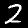
Label: 2